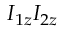
I _ { 1 z } I _ { 2 z }